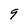
Character: 9